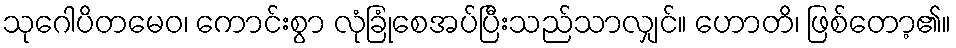
သုဂေါပိတမေဝ၊ ကောင်းစွာ လုံခြုံစေအပ်ပြီးသည်သာလျှင်။ ဟောတိ၊ ဖြစ်တော့၏။